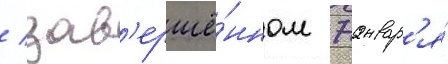
/ зав'ершё́нном 7 январ'я́